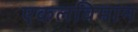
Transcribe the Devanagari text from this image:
एकलविमान